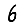
Digit: 6